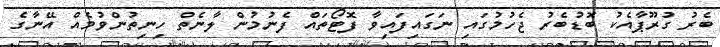
ބެރު ގުރޫޕާއެކު ބޮޑުބެރު ޖެހުމުގައި ނަގައިފައިވާ ފޮޓޯތައް ފެނުމުން ލާނެތް ހިނިތުންވުމެއް އޭނާގެ